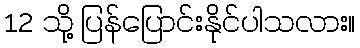
12 သို့ ပြန်ပြောင်းနိုင်ပါသလား။